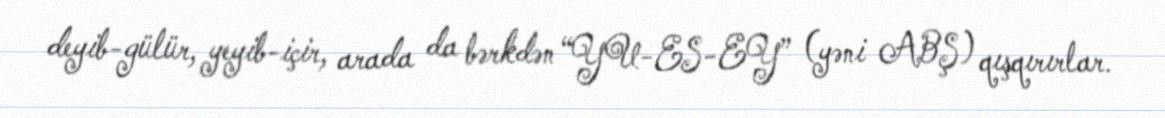
deyib-gülür, yeyib-içir, arada da bərkdən “YU-ES-EY” (yəni ABŞ) qışqırırlar.